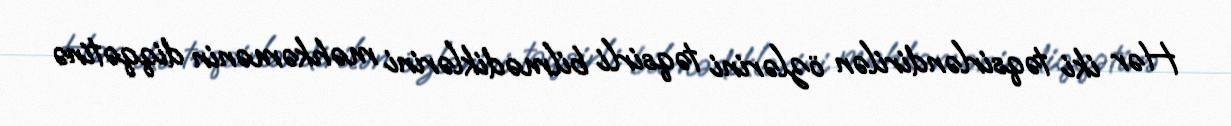
Hər iki təqsirləndirilən özlərini təqsirli bilmədiklərini məhkəmənin diqqətinə